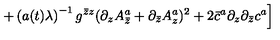
\left. + \left( a ( t ) \lambda \right) ^ { - 1 } g ^ { \bar { z } z } ( \partial _ { z } A _ { \bar { z } } ^ { a } + \partial _ { \bar { z } } A _ { z } ^ { a } ) ^ { 2 } + 2 \bar { c } ^ { a } \partial _ { z } \partial _ { \bar { z } } c ^ { a } \right]